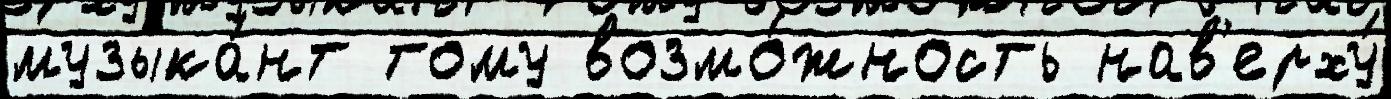
музыка́нт тому возмо́жность нав'ерху́